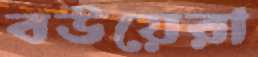
বউয়েরা